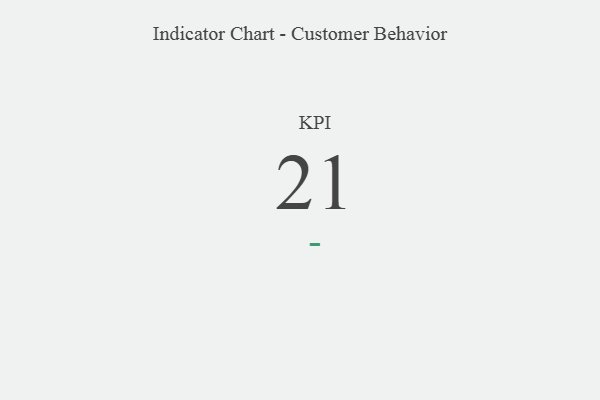
{"axis": {"x": "KPI", "y": "Value"}, "legend": [""], "data": [{"x": "KPI", "y": 21, "type": ""}]}